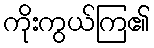
ကိုးကွယ်ကြ၏